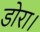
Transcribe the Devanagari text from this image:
डोरा।